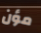
مؤن